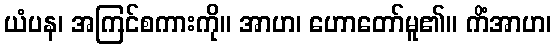
ယံပန၊ အကြင်စကားကို။ အာဟ၊ ဟောတော်မူ၏။ ကိံအာဟ၊